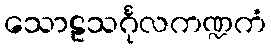
သောဠသင်္ဂုလကဏ္ဍကံ